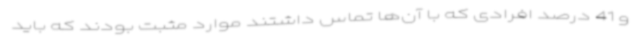
و 41 درصد افرادی که با آن‌ها تماس داشتند موارد مثبت بودند که باید